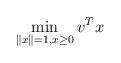
LaTeX: \begin{align*} \min_{\|x\|= 1, x\ge 0} v^Tx \end{align*}